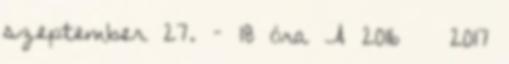
szeptember 27. – 18 óra A 2016 2017